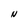
Character: N